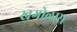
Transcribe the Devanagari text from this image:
खगोलास